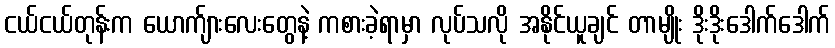
ငယ်ငယ်တုန်းက ယောက်ျားလေးတွေနဲ့ ကစားခဲ့ရာမှာ လုပ်သလို အနိုင်ယူချင် တာမျိုး ဒိုးဒိုးဒေါက်ဒေါက်